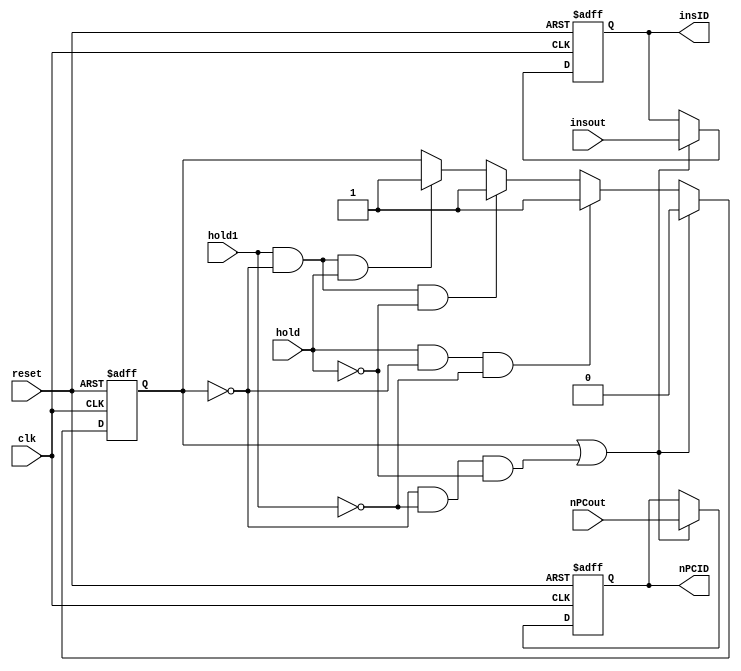
`timescale 1ns / 1ps
//////////////////////////////////////////////////////////////////////////////////
// Company: 
// Engineer: 
// 
// Design Name: 
// Module Name:    IFID 
// Project Name: 
// Target Devices: 
// Tool versions: 
// Description: 
//
// Dependencies: 
//
// Revision: 
// Revision 0.01 - File Created
// Additional Comments: 
//
//////////////////////////////////////////////////////////////////////////////////
module IFID(insID,nPCID,nPCout,insout,clk,hold1,hold,reset);
input[31:0] nPCout;
input[31:0] insout;
input clk;
input reset;
input hold,hold1;
output reg[31:0] insID;
output reg[31:0] nPCID;
reg flag;
initial 
begin
insID=32'b0;
nPCID=32'b0;
flag=2'b00;
end


always@(posedge clk or posedge reset)
begin
if (reset==1'b1) begin insID<=32'b0;
nPCID<=32'b0;
flag<=2'b00;
end
else if ((flag==2'b01)||(flag==2'b00&&(!hold1)&&(!hold))) begin
nPCID<=nPCout;
insID<=insout;
flag<=2'b00;
end
else if (flag==2'b11) begin
flag<=2'b01;
end
else if (hold&&(flag==2'b00)&&(!hold1)) begin
flag<=2'b01;
end
else if (hold1&&(flag==2'b00)&&(!hold)) begin
flag<=2'b01;
end
else if (hold1&&(flag==2'b00)&&(hold)) begin
flag<=2'b11;
end
end
endmodule